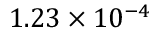
1 . 2 3 \times 1 0 ^ { - 4 }